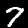
Label: 7